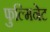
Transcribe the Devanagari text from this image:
फुल्मिनेट